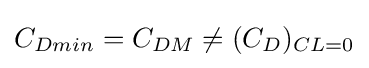
C_{Dmin}=C_{DM}\neq (C_{D})_{CL=0}